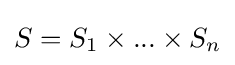
S=S_{1}\times ...\times S_{n}